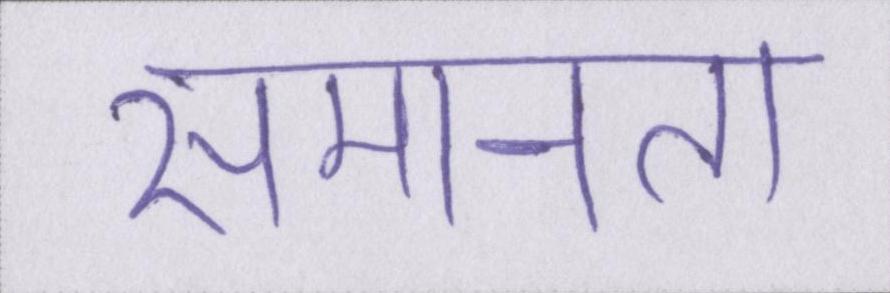
समानता